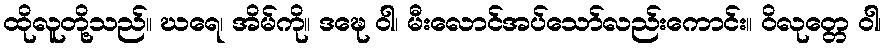
ထိုလူတို့သည်။ ဃရေ၊ အိမ်ကို။ ဒဍ္ဎေ ဝါ၊ မီးလောင်အပ်သော်လည်းကောင်း။ ဝိလုတ္တေ ဝါ၊